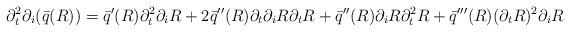
LaTeX: \begin{align*} \partial_{t}^{2}\partial_{i} (\bar q(R)) = \bar q'(R) \partial_{t}^{2}\partial_{i}R + 2\bar q''(R) \partial_{t}\partial_{i} R \partial_{t} R + \bar q''(R) \partial_{i}R\partial_{t}^2 R + \bar q'''(R) (\partial_{t} R)^2 \partial_{i}R \end{align*}